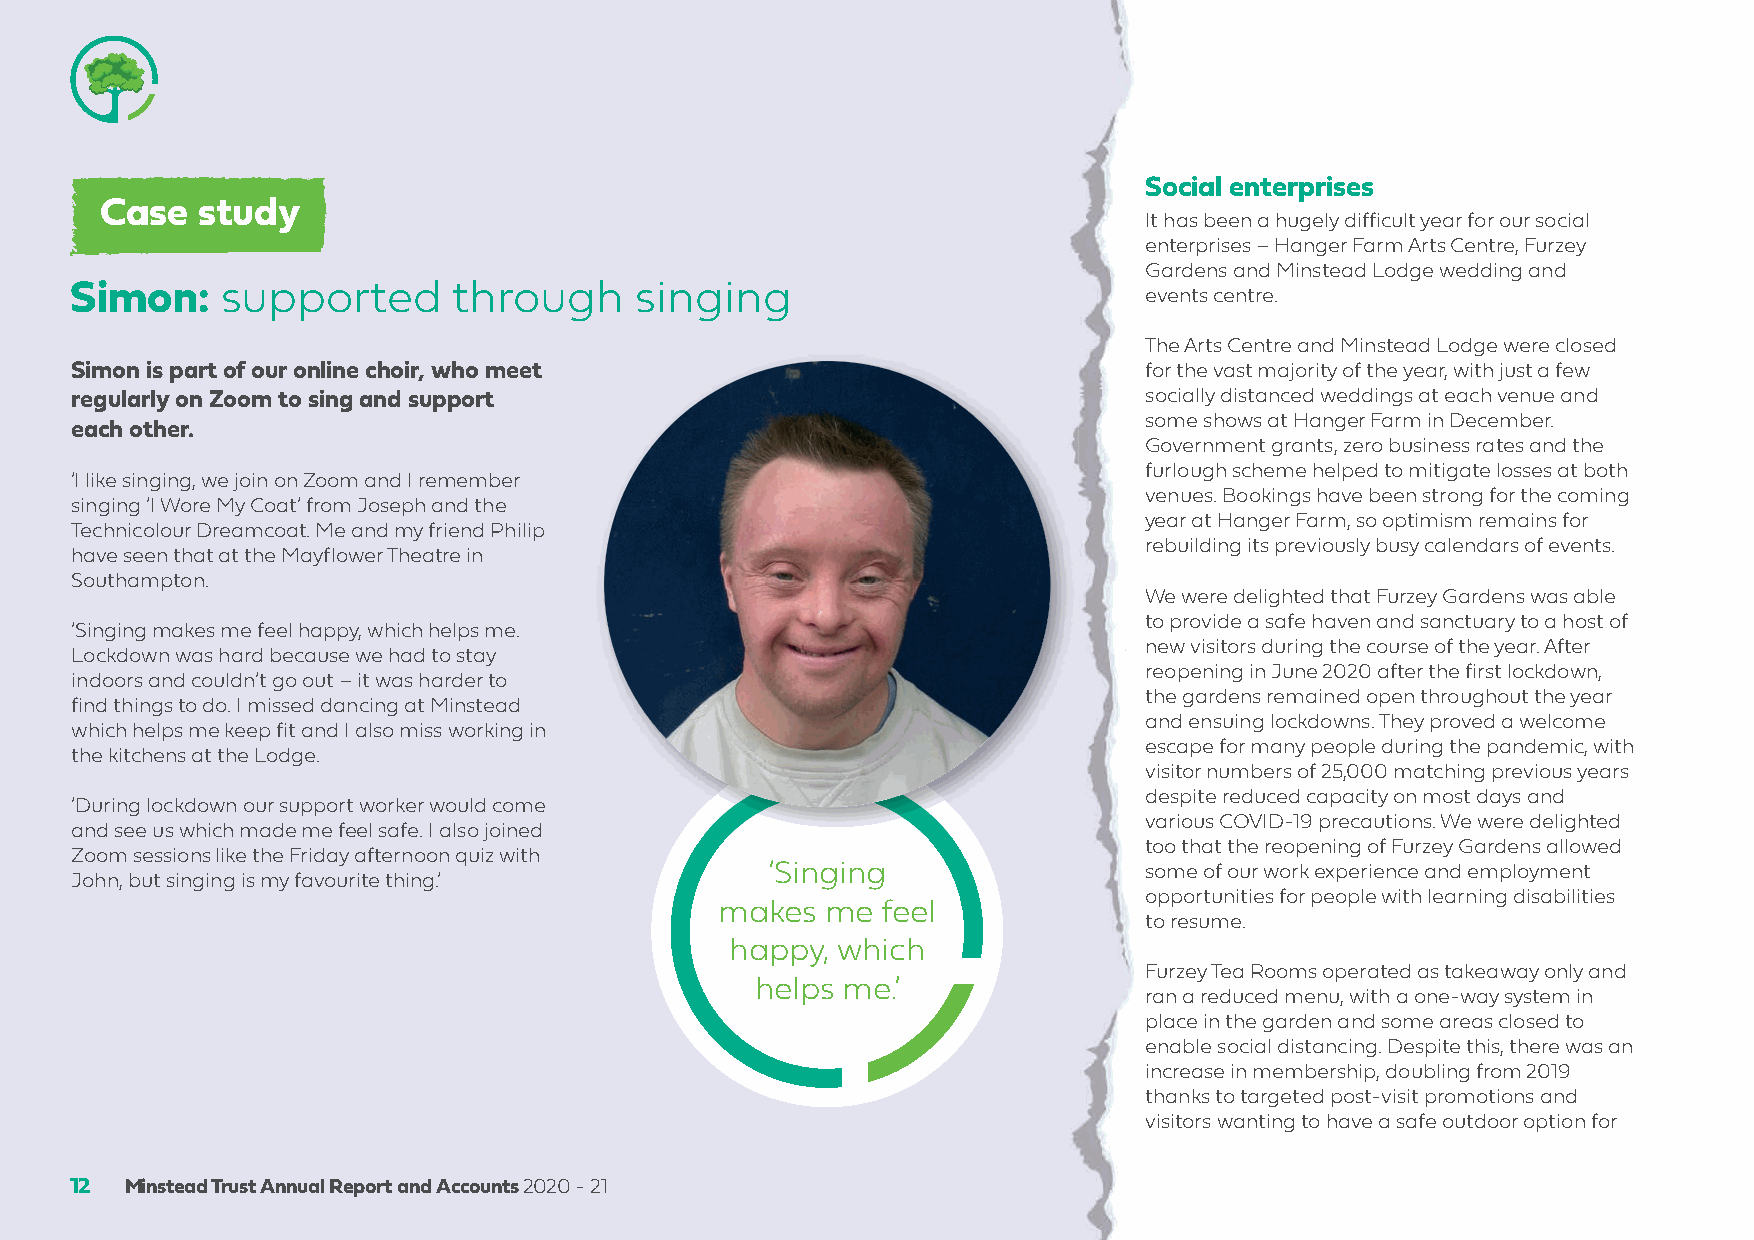
Social enterprises
 Case  study
 It has been a hugely difficult year for our social
 enterprises – Hanger Farm Arts Centre, Furzey
 Gardens and Minstead Lodge wedding and
 Simon:    supported      through     singing                           events centre.
 The Arts Centre and Minstead Lodge were closed
 Simon is part of our online choir, who meet                            for the vast majority of the year, with just a few
 regularly on Zoom to sing and support                                  socially distanced weddings at each venue and
 some shows at Hanger Farm in December.
 each other.
 Government grants, zero business rates and the
 furlough scheme helped to mitigate losses at both
 ‘I like singing, we join on Zoom and I remember
 venues. Bookings have been strong for the coming
 singing ‘I Wore My Coat’ from Joseph and the
 year at Hanger Farm, so optimism remains for
 Technicolour Dreamcoat. Me and my friend Philip
 rebuilding its previously busy calendars of events.
 have seen that at the Mayflower Theatre in
 Southampton.
 We were delighted that Furzey Gardens was able
 to provide a safe haven and sanctuary to a host of
 ‘Singing makes me feel happy, which helps me.
 new visitors during the course of the year. After
 Lockdown was hard because we had to stay
 reopening in June 2020 after the first lockdown,
 indoors and couldn’t go out – it was harder to
 the gardens remained open throughout the year
 find things to do. I missed dancing at Minstead
 and ensuing lockdowns. They proved a welcome
 which helps me keep fit and I also miss working in
 escape for many people during the pandemic, with
 the kitchens at the Lodge.
 visitor numbers of 25,000 matching previous years
 despite reduced capacity on most days and
 ‘During lockdown our support worker would come
 various COVID-19 precautions. We were delighted
 and see us which made me feel safe. I also joined
 too that the reopening of Furzey Gardens allowed
 Zoom sessions like the Friday afternoon quiz with
 ‘Singing                 some of our work experience and employment
 John, but singing is my favourite thing.‘
 opportunities for people with learning disabilities
 makes   me feel
 to resume.
 happy, which
 Furzey Tea Rooms operated as takeaway only and
 helps me.’
 ran a reduced menu, with a one-way system in
 place in the garden and some areas closed to
 enable social distancing. Despite this, there was an
 increase in membership, doubling from 2019
 thanks to targeted post-visit promotions and
 visitors wanting to have a safe outdoor option for
 12 Minstead Trust Annual Report and Accounts 2020 - 21